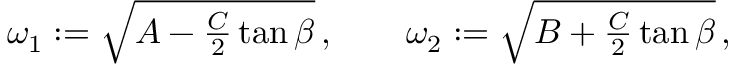
\begin{array} { r } { \omega _ { 1 } : = \sqrt { A - \frac { C } { 2 } \tan \beta } \, , \qquad \omega _ { 2 } : = \sqrt { B + \frac { C } { 2 } \tan \beta } \, , } \end{array}